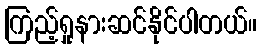
ကြည့်ရှုနားဆင်နိုင်ပါတယ်။